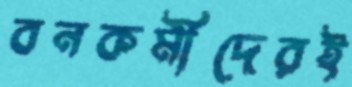
বনকর্মীদেরই